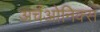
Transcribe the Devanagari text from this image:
अर्चओनिक्स